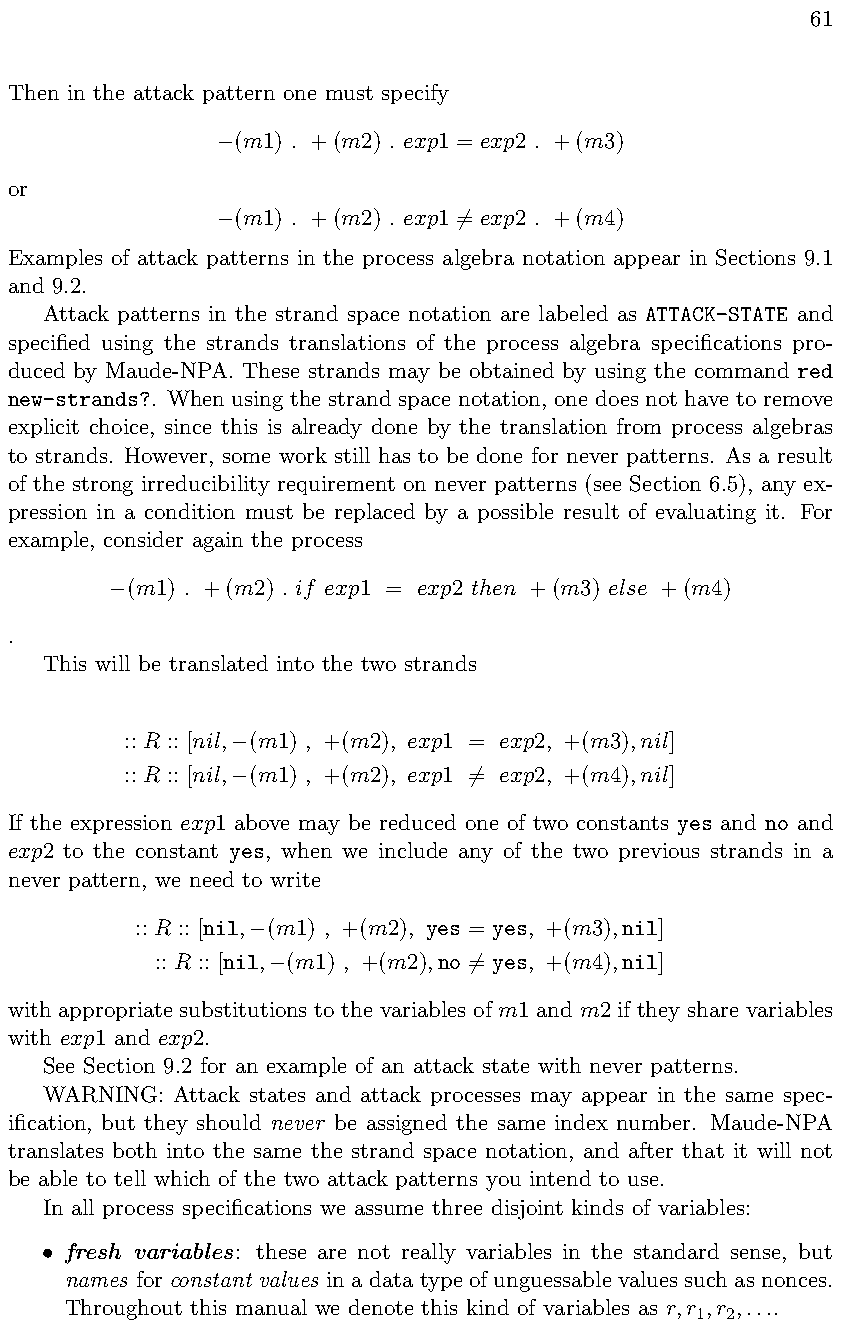
61
 Then in the attack pattern one must specify
 (m1) . +(m2) . exp1 = exp2 . +(m3)

 or
 (m1) . +(m2) . exp1 = exp2 . +(m4)
                6
 Examples of attack patterns in the process algebra notation appear in Sections 9.1
 and 9.2.
 Attack patterns in the strand space notation are labeled as ATTACK-STATE and
 specified using the strands translations of the process algebra specifications pro-
 duced by Maude-NPA. These strands may be obtained by using the command red
 new-strands?. When using the strand space notation, one does not have to remove
 explicit choice, since this is already done by the translation from process algebras
 to strands. However, some work still has to be done for never patterns. As a result
 of the strong irreducibility requirement on never patterns (see Section 6.5), any ex-
 pression in a condition must be replaced by a possible result of evaluating it. For
 example, consider again the process
 (m1) . +(m2) . if exp1 = exp2 then +(m3) else +(m4)

 .
 This will be translated into the two strands
 :: R :: [nil, (m1) , +(m2), exp1 = exp2, +(m3),nil]

 :: R :: [nil, (m1) , +(m2), exp1 = exp2, +(m4),nil]
                6
 If the expression exp1 above may be reduced one of two constants yes and no and
 exp2 to the constant yes, when we include any of the two previous strands in a
 never pattern, we need to write
 :: R :: [nil, (m1) , +(m2), yes = yes, +(m3),nil]

 :: R :: [nil, (m1) , +(m2),no = yes, +(m4),nil]
             6
 with appropriate substitutions to the variables of m1 and m2 if they share variables
 with exp1 and exp2.
 See Section 9.2 for an example of an attack state with never patterns.
 WARNING: Attack states and attack processes may appear in the same spec-
 ification, but they should never be assigned the same index number. Maude-NPA
 translates both into the same the strand space notation, and after that it will not
 be able to tell which of the two attack patterns you intend to use.
 In all process specifications we assume three disjoint kinds of variables:
 fresh variables: these are not really variables in the standard sense, but
 •
 names for constant values in a data type of unguessable values such as nonces.
 Throughout this manual we denote this kind of variables as r,r ,r ,....
 1 2